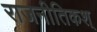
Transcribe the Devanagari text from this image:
राजनीतिकश्